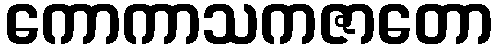
ကောကာသကဇာတော